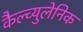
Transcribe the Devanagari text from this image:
कैल्व्युलेनिक